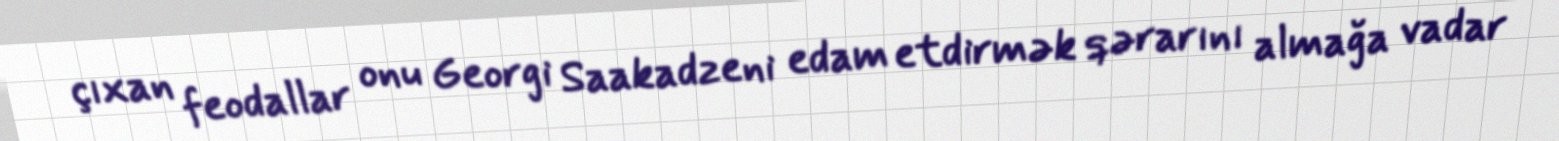
çıxan feodallar onu Georgi Saakadzeni edam etdirmək qərarını almağa vadar